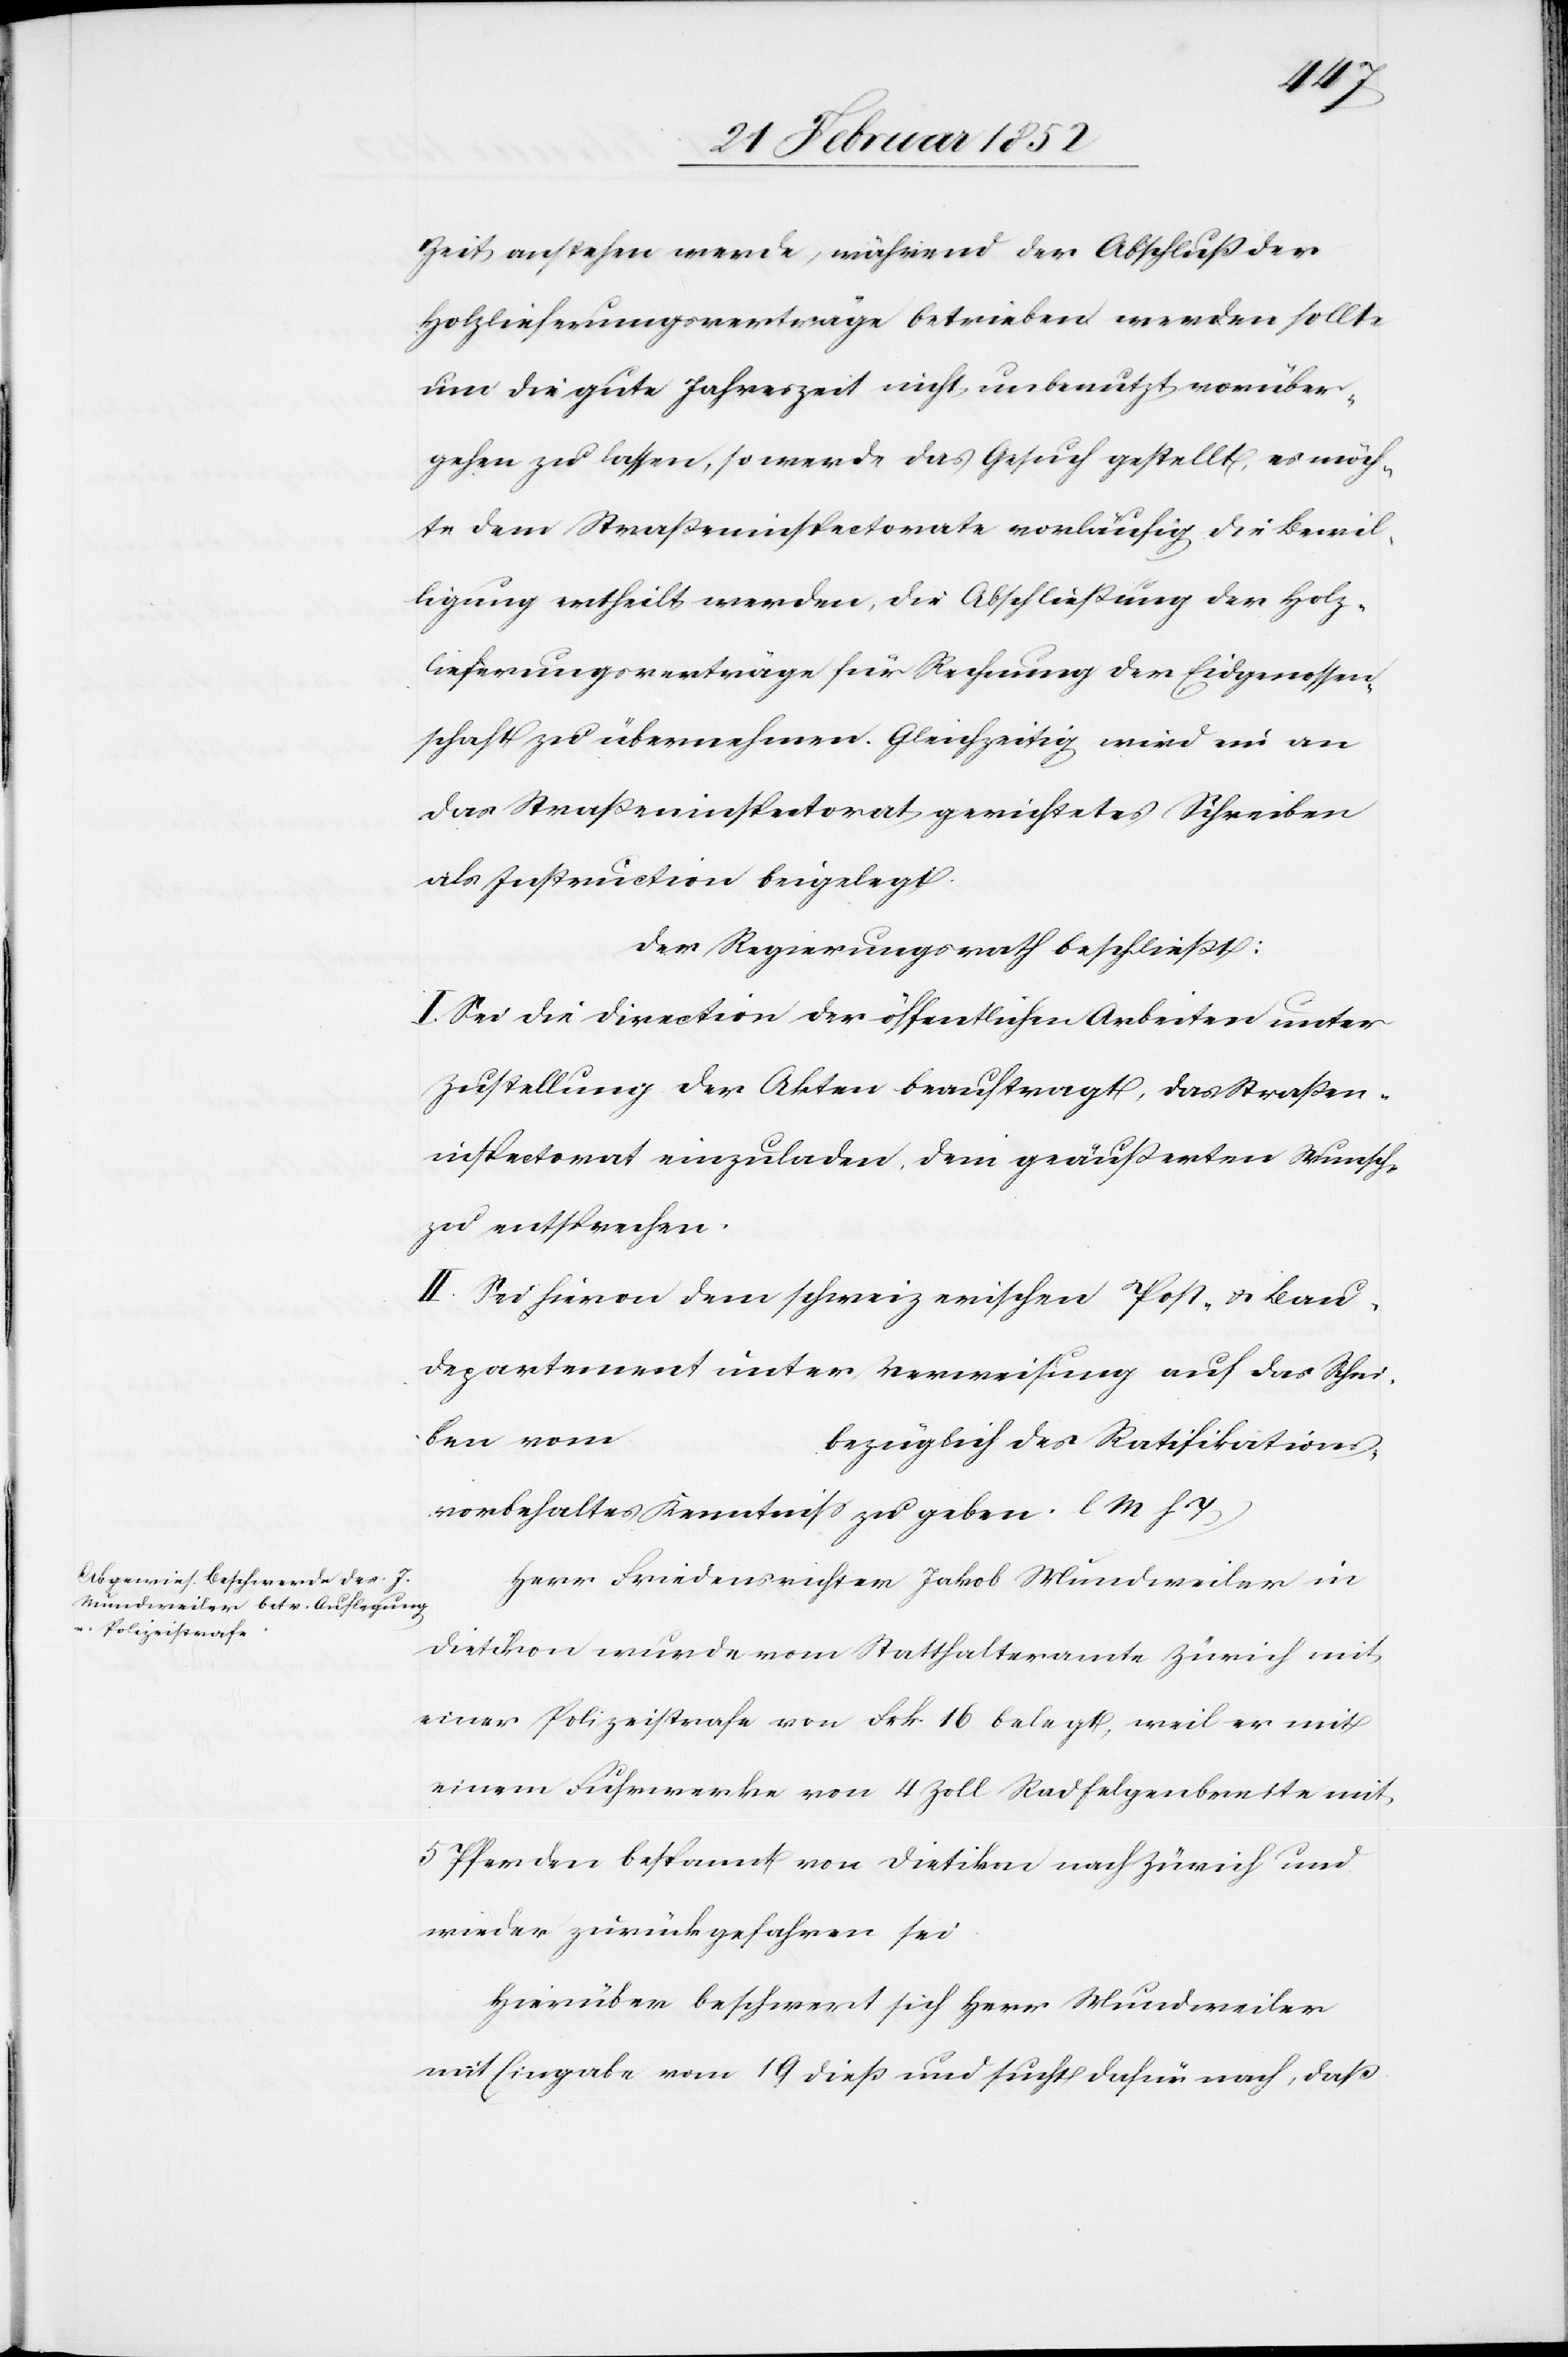
Zeit anstehen werde, während der Abschluß der
Holzlieferungsverträge betrieben werden sollte
um die gute Jahreszeit nicht unbenutzt vorüber¬
gehen zu lassen, so werde das Gesuch gestellt, es möch¬
te dem Straßeninspectorate vorläufig die Bewil¬
ligung ertheilt werden, die Abschließung der Holz¬
lieferungsverträge für Rechnung der Eidgenossen¬
schaft zu übernehmen. Gleichzeitig wird ein an
das Straßeninspektorat gerichtetes Schreiben
als Instruction beigelegt.
Der Regierungsrath beschließt:
I. Sei die Direction der öffentlichen Arbeiten unter
Zustellung der Akten beauftragt, das Straßen¬
inspectorat einzuladen, dem geäußerten Wunsche
zu entsprechen.
II. Sei hiervon dem schweizerischen Post- u. Bau¬
departement unter Verweisung auf das Schrei¬
ben von
bezüglich des Ratifikations¬
vorbehaltes Kenntniß zu geben. l M h T
Herr Friedensrichter Jakob Mundweiler in
Dietikon wurde vom Statthalteramte Zürich mit
einer Polizeistrafe von Frk 16 belegt, weil er mit
einem Fuhrwerke von 4 Zoll Radfelgenbreite mit
5 Pferden bespannt von Dietikon nach Zürich und
wieder zurückgefahren sei.
Hierüber beschwert sich Herr Mundweiler
mit Eingabe vom 19 dieß und sucht dafür nach, daß